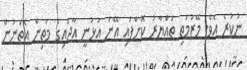
ނުކުރެ އެވެ. މޭޒުމަތި ތައްޔާރު ކޮށްފައި އޭނަ އުޅުނީ އާދައިގެ މަތިން އެތަނުން